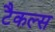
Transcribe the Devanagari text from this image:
टैकल्स